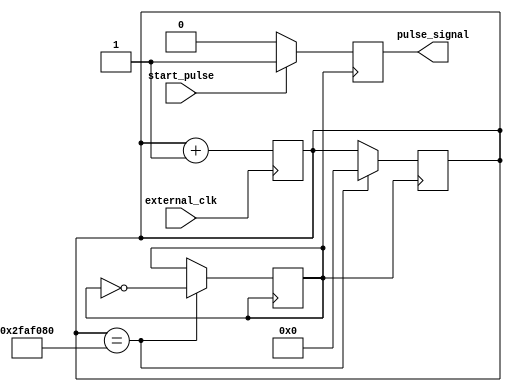
module timing_control_sync_block(
    input wire external_clk,
    input wire start_pulse,
    output reg pulse_signal
);

reg [31:0] counter;
reg internal_clk;

parameter OSC_FREQ = 100000000; // Oscillator frequency in Hz

always @ (posedge external_clk) begin
    counter <= counter + 1;
end

always @ (posedge internal_clk) begin
    // Logic gates to control timing and duration of pulse signal
    if (start_pulse) begin
        pulse_signal <= 1'b1;
    end else begin
        pulse_signal <= 1'b0;
    end
end

always @ (posedge internal_clk) begin
    // PLL for synchronization with external clock signal
    if (counter == OSC_FREQ/2) begin
        internal_clk <= ~internal_clk;
        counter <= 0;
    end
end

endmodule